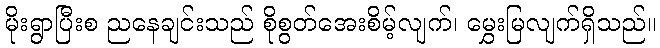
မိုးရွာပြီးစ ညနေချင်းသည် စိုစွတ်အေးစိမ့်လျက်၊ မွှေးမြလျက်ရှိသည်။